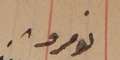
نومرو